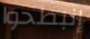
إنبطحوا